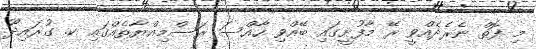
މި ފޮތް ނެރެދެއްވީ ރޭ މާފުށީގައި ބޭއްވި ހާއްސަ ރަސްމިއްޔާތެއްގައި ކ. ގުރައިދޫ